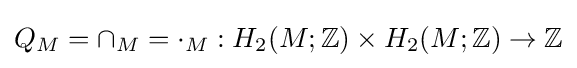
Q_{M}=\cap _{M}=\cdot _{M}:H_{2}(M;\mathbb {Z} )\times H_{2}(M;\mathbb {Z} )\to \mathbb {Z}